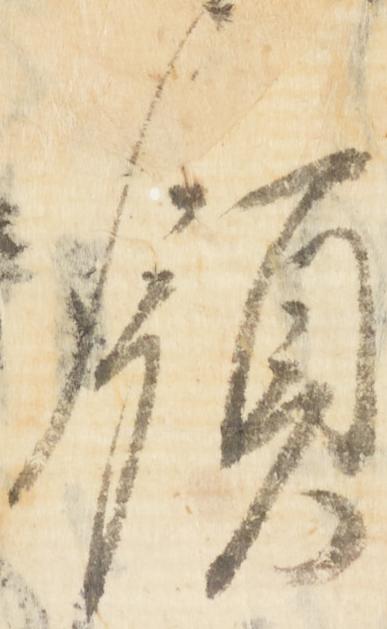
領